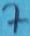
Text: 7